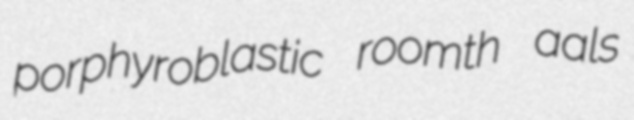
porphyroblastic roomth aals